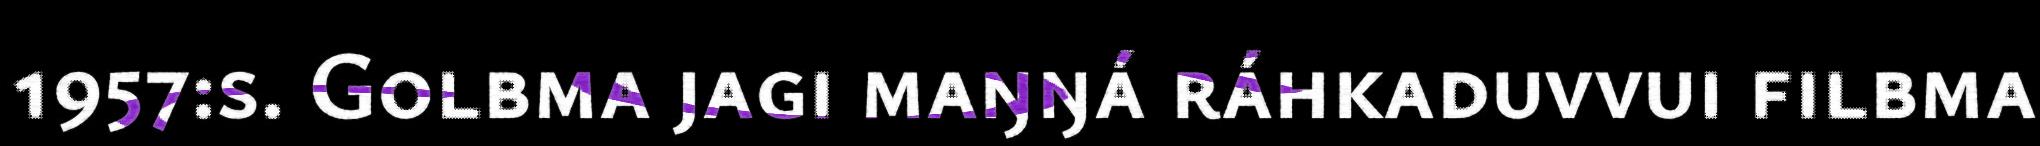
1957:s. Golbma jagi maŋŋá ráhkaduvvui filbma